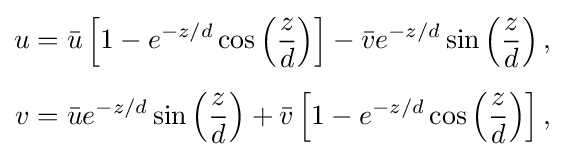
{\begin{aligned}u&={\bar {u}}\left[1-e^{-z/d}\cos \left({\frac {z}{d}}\right)\right]-{\bar {v}}e^{-z/d}\sin \left({\frac {z}{d}}\right),\\[5pt]v&={\bar {u}}e^{-z/d}\sin \left({\frac {z}{d}}\right)+{\bar {v}}\left[1-e^{-z/d}\cos \left({\frac {z}{d}}\right)\right],\end{aligned}}